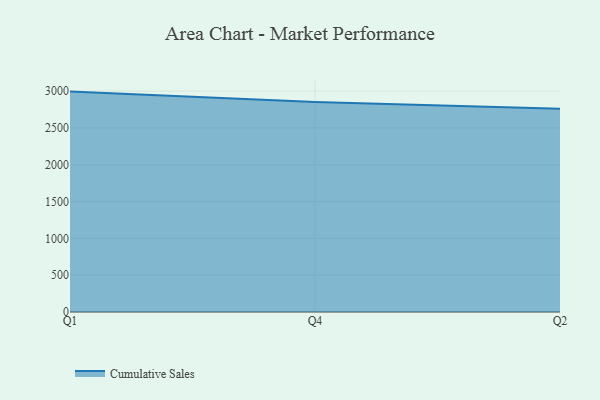
{"axis": {"x": "Quarter", "y": "Temperature (°C)"}, "legend": ["Cumulative Sales"], "data": [{"x": "Q1", "y": 2993.4, "type": "Cumulative Sales"}, {"x": "Q4", "y": 2850.5, "type": "Cumulative Sales"}, {"x": "Q2", "y": 2761.4, "type": "Cumulative Sales"}]}